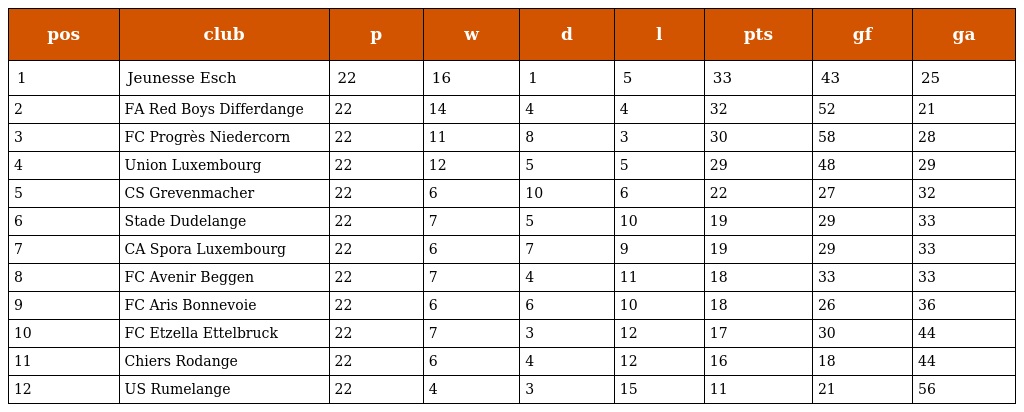
| pos | club | p | w | d | l | pts | gf | ga |
 | --- | --- | --- | --- | --- | --- | --- | --- | --- |
 | 1 | Jeunesse Esch | 22 | 16 | 1 | 5 | 33 | 43 | 25 |
 | 2 | FA Red Boys Differdange | 22 | 14 | 4 | 4 | 32 | 52 | 21 |
 | 3 | FC Progrès Niedercorn | 22 | 11 | 8 | 3 | 30 | 58 | 28 |
 | 4 | Union Luxembourg | 22 | 12 | 5 | 5 | 29 | 48 | 29 |
 | 5 | CS Grevenmacher | 22 | 6 | 10 | 6 | 22 | 27 | 32 |
 | 6 | Stade Dudelange | 22 | 7 | 5 | 10 | 19 | 29 | 33 |
 | 7 | CA Spora Luxembourg | 22 | 6 | 7 | 9 | 19 | 29 | 33 |
 | 8 | FC Avenir Beggen | 22 | 7 | 4 | 11 | 18 | 33 | 33 |
 | 9 | FC Aris Bonnevoie | 22 | 6 | 6 | 10 | 18 | 26 | 36 |
 | 10 | FC Etzella Ettelbruck | 22 | 7 | 3 | 12 | 17 | 30 | 44 |
 | 11 | Chiers Rodange | 22 | 6 | 4 | 12 | 16 | 18 | 44 |
 | 12 | US Rumelange | 22 | 4 | 3 | 15 | 11 | 21 | 56 |